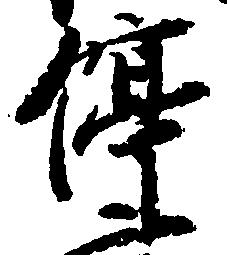
停